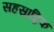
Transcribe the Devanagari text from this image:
सहस्राब्दिक